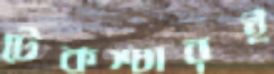
টেকশ্চারই